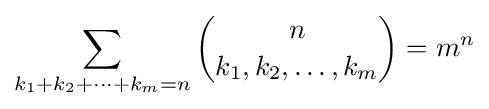
\sum _{k_{1}+k_{2}+\cdots +k_{m}=n}{n \choose k_{1},k_{2},\ldots ,k_{m}}=m^{n}